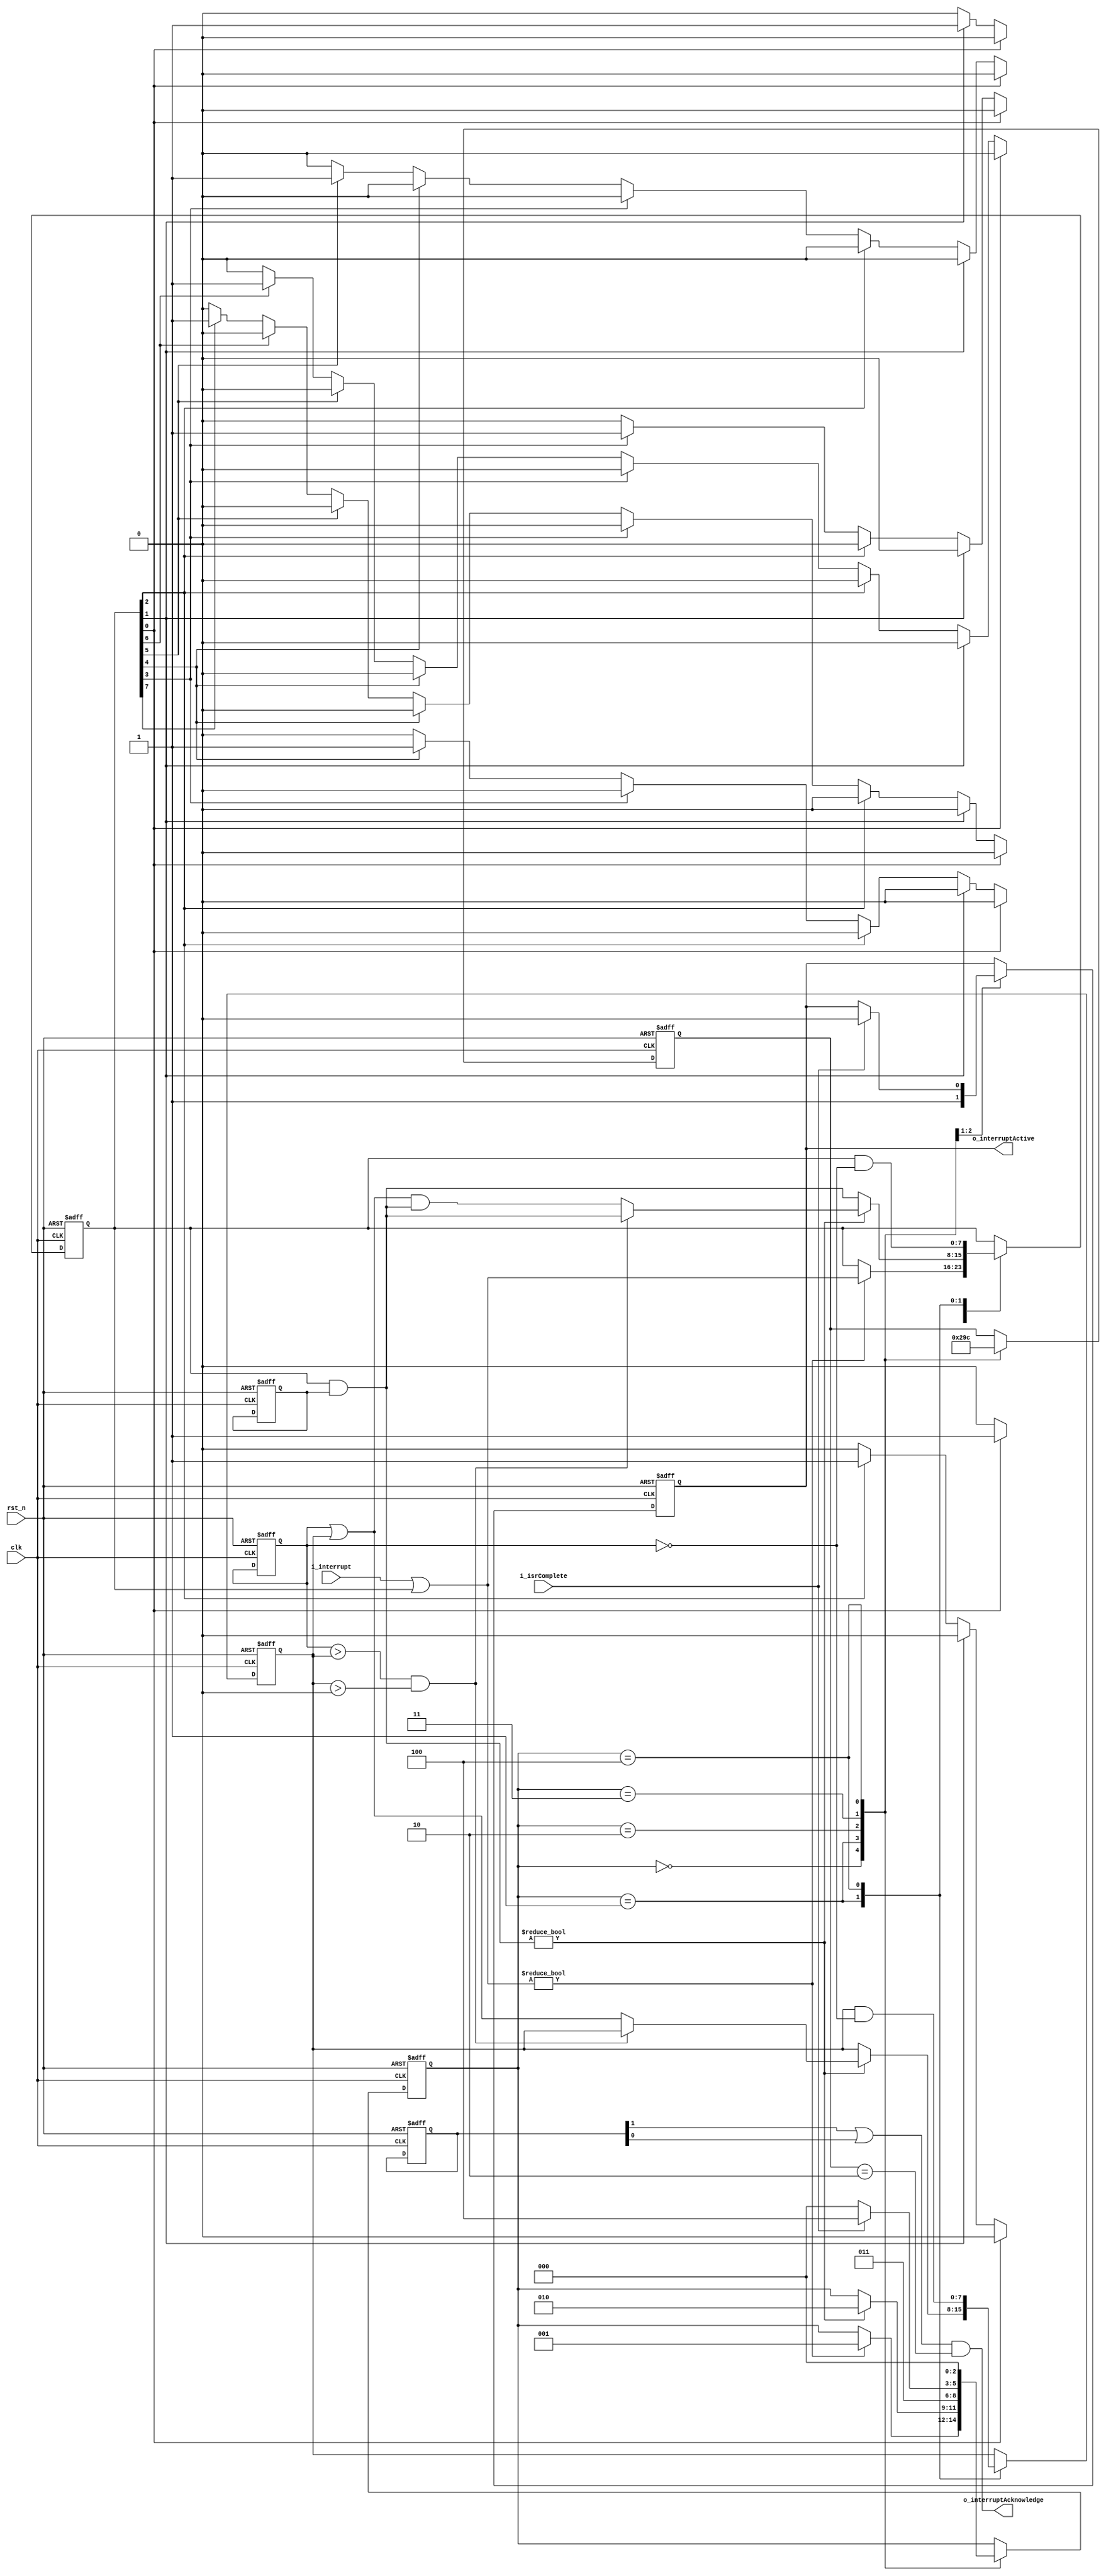
module nvic(
    input clk, rst_n, i_isrComplete,
    input [7:0] i_interrupt, //32 interrupts in theory
    output reg o_interruptActive, // Output signal for Control Unit know that 
    output o_interruptAcknowledge
    );
    
    // Parameter States
    parameter IDLE = 0;                 // Wainting for Interrupt or Waits for IRQ to finish
    parameter PENDING = 1;              // Interrupt received, check for priorities and active interrupts running
    parameter ISR_EXECUTE = 2;          // Stacking PC, LR, Rs and activating Active Interrupt Register 
    parameter ISR_WAIT = 3;          // ISR executing, waits for reti signal from CPU
    parameter UNSTACKING = 4;           // When IRQ returns, unstacks all the registers for returning to normal code

    // Registers
    reg [7:0] r_interruptEnable;
    reg [7:0] r_activeInterrupt;
    reg [7:0] r_pendingInterrupt;
    reg [7:0] r_interruptAcknowledge;
    reg [7:0] r_highestPrio;
    reg [2:0] r_state, r_nstate;

    // Outputs
    always @(posedge clk or negedge rst_n) begin
        if (!rst_n) begin
            r_pendingInterrupt <= 0;
            r_activeInterrupt <= 0;
            r_interruptEnable <= 8'b11111111;
            r_interruptAcknowledge <= 0;
            r_state = 0;
            r_nstate = 0;
            o_interruptActive = 0;
            r_highestPrio <= 0;
        end else begin
            case (r_nstate)
                IDLE: begin
                    r_state = IDLE;
                    if(i_interrupt | r_pendingInterrupt)begin
                        r_pendingInterrupt = r_pendingInterrupt | i_interrupt; // See if there is already a pending interrupt or a new interrupt and set new pending state
                        //r_pendingInterrupt = r_activeInterrupt & r_pendingInterrupt;  
                        r_nstate = PENDING;                    
                    end
                end
                PENDING: begin
                    r_state = PENDING;
                    r_pendingInterrupt = (r_pendingInterrupt & r_interruptEnable); // Bitwise AND
                    if(r_pendingInterrupt) begin // See if there is already an active running interrupt
                        // Check if preemption is needed
                        if ((r_highestPrio > r_activeInterrupt) && r_activeInterrupt > 0) begin
                            r_nstate = ISR_EXECUTE;
                        end else begin
                            r_activeInterrupt = r_highestPrio | r_activeInterrupt;
                            r_pendingInterrupt = r_activeInterrupt & r_pendingInterrupt; // Clear the highest-priority interrupt
                            r_nstate = ISR_EXECUTE;
                        end             
                        
                        //r_nstate = ISR_EXECUTE;
                    end
                end
                ISR_EXECUTE: begin
                    r_state = ISR_EXECUTE;
                    o_interruptActive = 1;

                    // Fetch the position, but in this case we are just giving it 0111
                    // Stacking 

                    r_nstate = ISR_WAIT;
                end
                ISR_WAIT: begin // waits for reti
                    r_state = ISR_WAIT;
                    if(i_isrComplete) begin
                        o_interruptActive = 0;
                        r_nstate = UNSTACKING;
                    end else if(!i_isrComplete) begin
                        r_nstate = IDLE;
                    end
                end
                UNSTACKING: begin
                    r_state = UNSTACKING;
                    //unstacking registers return to main program
                    r_pendingInterrupt = r_pendingInterrupt & (~r_highestPrio);
                    r_activeInterrupt = r_activeInterrupt & (~r_highestPrio);
                    r_nstate = IDLE;
                end
                
            endcase
        end
    end
    
    assign o_interruptAcknowledge = (r_interruptAcknowledge[1] | r_interruptAcknowledge[0]) & (r_state == ISR_EXECUTE);
    
    //Determine Highest priority interrupt
    always  @(*) begin 
        r_highestPrio <= 0;
        if(r_pendingInterrupt[0]) begin
            r_highestPrio[0] <= r_pendingInterrupt[0];
        end
        else if(r_pendingInterrupt[1]) begin
            r_highestPrio[1] <= r_pendingInterrupt[1];
        end
        else if(r_pendingInterrupt[2]) begin
            r_highestPrio[2] <= r_pendingInterrupt[2];
        end
        else if(r_pendingInterrupt[3]) begin
            r_highestPrio[3] <= r_pendingInterrupt[3];
        end
        else if(r_pendingInterrupt[4]) begin
            r_highestPrio[4] <= r_pendingInterrupt[4];
        end
        else if(r_pendingInterrupt[5]) begin
            r_highestPrio[5] <= r_pendingInterrupt[5];
        end
        else if(r_pendingInterrupt[6]) begin
            r_highestPrio[6] <= r_pendingInterrupt[6];
        end
        else if(r_pendingInterrupt[7]) begin
            r_highestPrio[7] <= r_pendingInterrupt[7];
        end
        else begin
            r_highestPrio <= 0;
        end
    end

    
    
endmodule